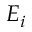
E _ { i }